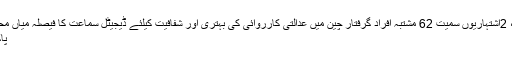
صوابی ، دشمن سماج عناصر کے خلاف سرچ اینڈ سٹرائیک آپریشن ، 2اشتہاریوں سمیت 62 مشتبہ افراد گرفتار چین میں عدالتی کارروائی کی بہتری اور شفافیت کیلئے ڈیجیٹل سماعت کا فیصلہ میاں محمود الر شید کا پنجاب بھر میں رینجر ز کو اختیارات دینے کا مطالبہ
پاکستان میں حالیہ دہشت گردی کے واقعات کا تعلق سرحد پارسے ہے۔